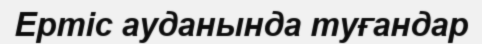
Ертіс ауданында туғандар